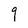
Character: 9